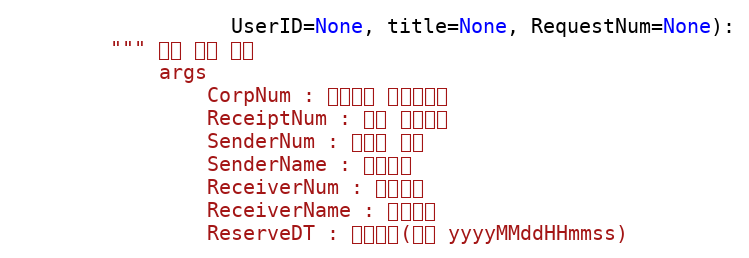
Language: Python
                  UserID=None, title=None, RequestNum=None):
        """ 팩스 단건 전송
            args
                CorpNum : 팝빌회원 사업자번호
                ReceiptNum : 팩스 접수번호
                SenderNum : 발신자 번호
                SenderName : 발신자명
                ReceiverNum : 수신번호
                ReceiverName : 수신자명
                ReserveDT : 예약시간(형식 yyyyMMddHHmmss)